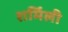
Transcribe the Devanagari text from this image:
शर्मिली